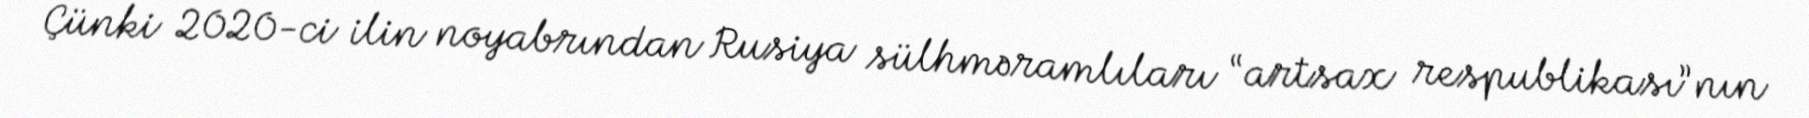
Çünki 2020-ci ilin noyabrından Rusiya sülhməramlıları “artsax respublikası”nın